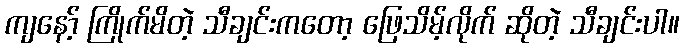
ကျနော့် ကြိုက်မိတဲ့ သီချင်းကတော့ ဖြေသိမ့်လိုက် ဆိုတဲ့ သီချင်းပါ။